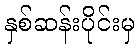
နှစ်ဆန်းပိုင်းမှ